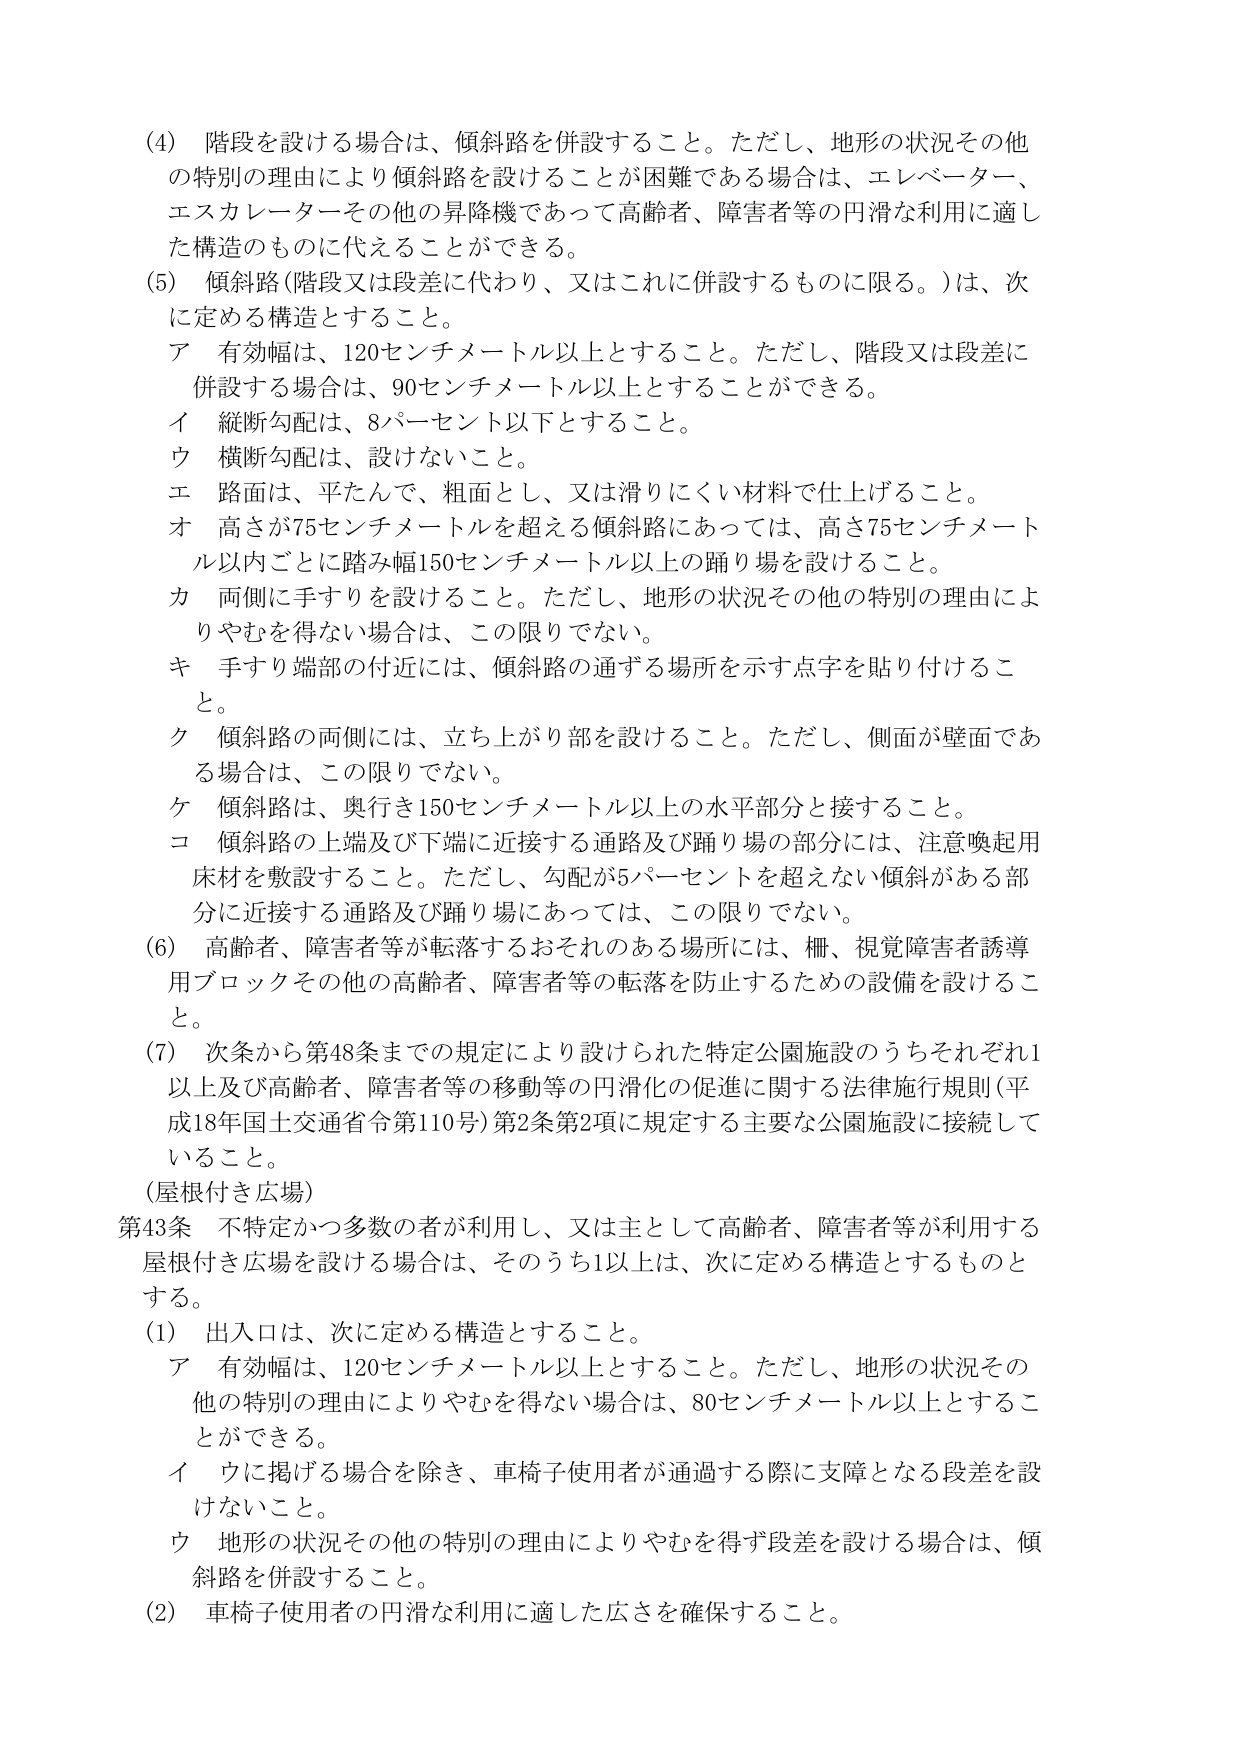
(4) 階段を設ける場合は、傾斜路を併設すること。ただし、地形の状況その他の特別の理由により傾斜路を設けることが困難である場合は、エレベーター、エスカレーターその他の昇降機であって高齢者、障害者等の円滑な利用に適した構造のものに代えることができる。

(5) 傾斜路（階段又は段差に代わり、又はこれに併設するものに限る。）は、次に定める構造とすること。
ア 有効幅は、120センチメートル以上とすること。ただし、階段又は段差に併設する場合は、90センチメートル以上とすることができる。
イ 縦断勾配は、8パーセント以下とすること。
ウ 横断勾配は、設けないこと。
エ 路面は、平たんで、粗面とし、又は滑りにくい材料で仕上げること。
オ 高さが75センチメートルを超える傾斜路にあっては、高さ75センチメートル以内ごとに踏み幅150センチメートル以上の踊り場を設けること。
カ 両側に手すりを設けること。ただし、地形の状況その他の特別の理由によりやむを得ない場合は、この限りでない。
キ 手すり端部の付近には、傾斜路の通ずる場所を示す点字を貼り付けること。
ク 傾斜路の両側には、立ち上がり部を設けること。ただし、側面が壁面である場合は、この限りでない。
ケ 傾斜路は、奥行き150センチメートル以上の水平部分と接すること。
コ 傾斜路の上端及び下端に近接する通路及び踊り場の部分には、注意喚起用床材を敷設すること。ただし、勾配が5パーセントを超えない傾斜がある部分に近接する通路及び踊り場にあっては、この限りでない。

(6) 高齢者、障害者等が転落するおそれのある場所には、柵、視覚障害者誘導用ブロックその他の高齢者、障害者等の転落を防止するための設備を設けること。

(7) 次条から第48条までの規定により設けられた特定公園施設のうちそれぞれ1以上及び高齢者、障害者等の移動等の円滑化の促進に関する法律施行規則（平成18年国土交通省令第110号）第2条第2項に規定する主要な公園施設に接続していること。

（屋根付き広場）

第43条 不特定かつ多数の者が利用し、又は主として高齢者、障害者等が利用する屋根付き広場を設ける場合は、そのうち1以上は、次に定める構造とするものとする。

(1) 出入口は、次に定める構造とすること。
ア 有効幅は、120センチメートル以上とすること。ただし、地形の状況その他の特別の理由によりやむを得ない場合は、80センチメートル以上とすることができる。
イ ウに掲げる場合を除き、車椅子使用者が通過する際に支障となる段差を設けないこと。
ウ 地形の状況その他の特別の理由によりやむを得ず段差を設ける場合は、傾斜路を併設すること。

(2) 車椅子使用者の円滑な利用に適した広さを確保すること。